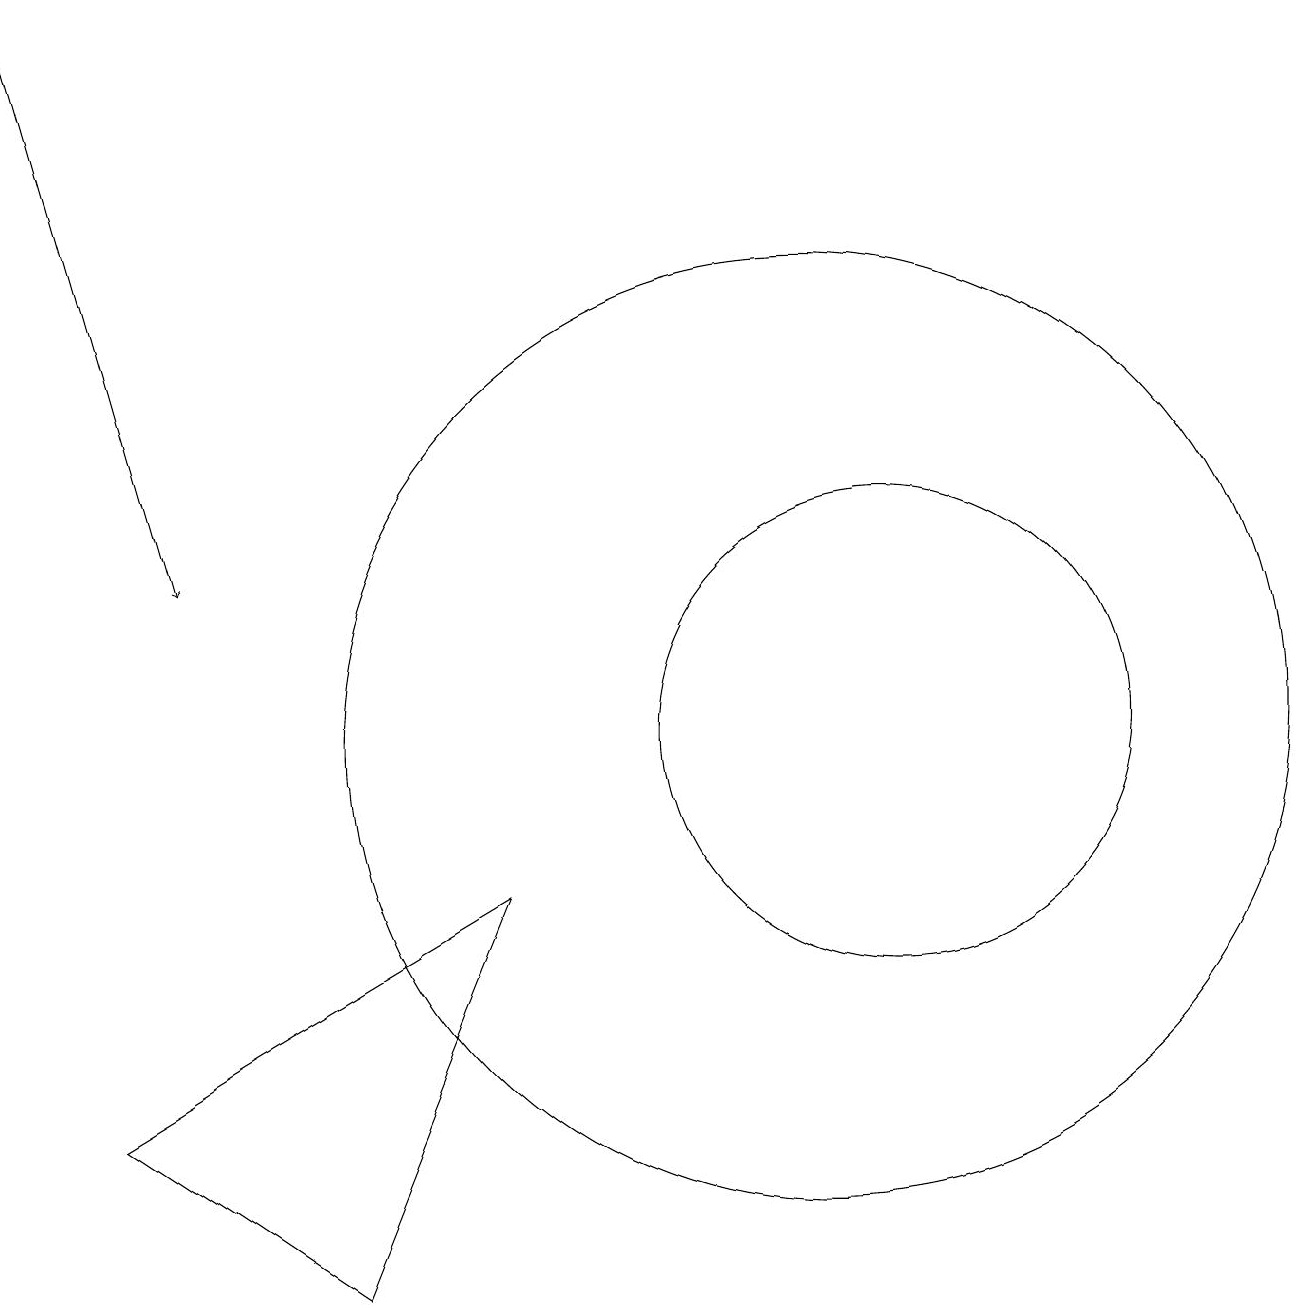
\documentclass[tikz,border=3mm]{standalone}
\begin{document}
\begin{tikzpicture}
\draw (11,11) circle (0);
\draw (12,10) circle (3);
\draw[->] (1,19) -- (3,12);
\draw (5,3) -- (7,8) -- (2,5) -- cycle;
\draw (11,10) circle (6);
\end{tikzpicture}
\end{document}